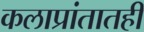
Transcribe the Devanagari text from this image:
कलाप्रांतातही